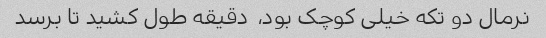
نرمال دو تکه خیلی کوچک بود،  دقیقه طول کشید تا برسد